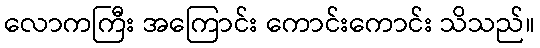
လောကကြီး အကြောင်း ကောင်းကောင်း သိသည်။